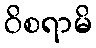
ဝိစရာမိ